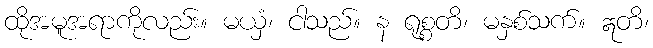
ထိုအမူအရာကိုလည်း။ မယှံ၊ ငါသည်။ န ရုစ္စတိ၊ မနှစ်သက်။ ဣတိ၊